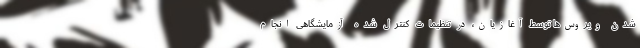
شدن ویروس‌ها توسط آغازیان، در تنظیمات کنترل شده آزمایشگاهی انجام